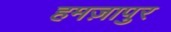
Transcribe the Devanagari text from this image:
हमज़ापुर